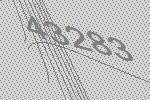
43283